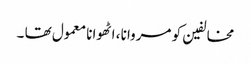
مخالفین کو مروانا ، اٹھوانا معمول تھا ۔